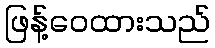
ဖြန့်ဝေထားသည်